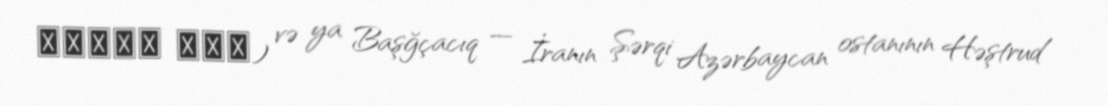
تاغچه جيق) və ya Başğçacıq — İranın Şərqi Azərbaycan ostanının Həştrud